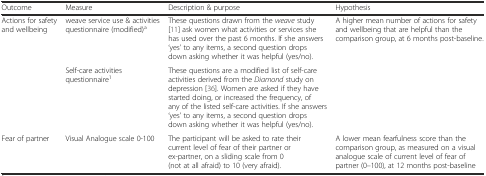
<table><thead><tr><td><b>Outcome</b></td><td><b>Measure</b></td><td><b>Description &amp; purpose</b></td><td><b>Hypothesis</b></td></tr></thead><tbody><tr><td rowspan="2">Actions for safety and wellbeing</td><td>weave service use &amp; activities questionnaire (modified)<sup>a</sup></td><td>These questions drawn from the <i>weave</i> study [11] ask women what activities or services she has used over the past 6 months. If she answers ‘yes’ to any items, a second question drops down asking whether it was helpful (yes/no).</td><td rowspan="2">A higher mean number of actions for safety and wellbeing that are helpful than the comparison group, at 6 months post-baseline.</td></tr><tr><td>Self-care activities questionnaire<sup>1</sup></td><td>These questions are a modified list of self-care activities derived from the <i>Diamond</i> study on depression [36]. Women are asked if they have started doing, or increased the frequency, of any of the listed self-care activities. If she answers ‘yes’ to any items, a second question drops down asking whether it was helpful (yes/no).</td></tr><tr><td>Fear of partner</td><td>Visual Analogue scale 0-100</td><td>The participant will be asked to rate their current level of fear of their partner or ex-partner, on a sliding scale from 0 (not at all afraid) to 10 (very afraid).</td><td>A lower mean fearfulness score than the comparison group, as measured on a visual analogue scale of current level of fear of partner (0–100), at 12 months post-baseline</td></tr></tbody></table>